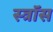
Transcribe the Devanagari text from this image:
स्त्रॉस